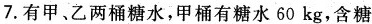
7.有甲、乙两桶糖水，甲桶有糖水60kg，含糖